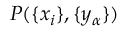
P ( \{ x _ { i } \} , \{ y _ { \alpha } \} )